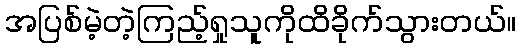
အပြစ်မဲ့တဲ့ကြည့်ရှုသူကိုထိခိုက်သွားတယ်။